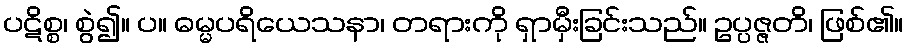
ပဋိစ္စ၊ စွဲ၍။ ပ။ ဓမ္မပရိယေသနာ၊ တရားကို ရှာမှီးခြင်းသည်။ ဥပ္ပဇ္ဇတိ၊ ဖြစ်၏။